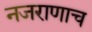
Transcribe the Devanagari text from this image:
नजराणाच